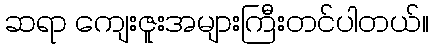
ဆရာ ကျေးဇူးအများကြီးတင်ပါတယ်။